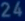
Transcribetheimage